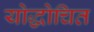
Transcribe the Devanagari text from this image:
योद्धोचित